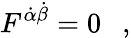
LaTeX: F^{\dot{\alpha}\dot{\beta}}=0\ \ \ ,